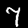
Label: 7